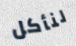
لنأكل